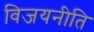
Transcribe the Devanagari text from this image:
विजयनीति